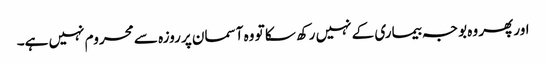
اور پھر وہ بوجہ بیماری کے نہیں رکھ سکا تو وہ آسمان پر روزہ سے محروم نہیں ہے۔